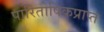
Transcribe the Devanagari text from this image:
पारितोषिकप्राप्त